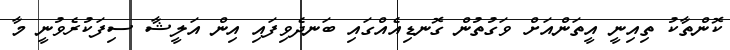
ކޮންތާކު ތިއިނީ އީތަންއަށް ވަގުތުން ގޮނޑިއެއްގައި ބަނދެވިފައި އިން އަލީޝާ ސިފަކުރެވުނީ މާ